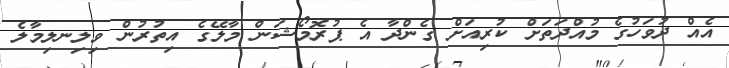
އެއް ދުވަހުގެ މުއްދަތަށް ކުރިއަށް ގެންދާ އެ ޕުރޮމޯޝަން މާލޭގެ އިތުރުން ވިލިނލިމާލެ